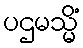
ပဌမသ္မိံ